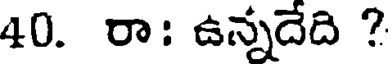
40. రా: ఉన్నదేది ?